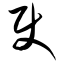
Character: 使